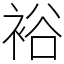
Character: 裕